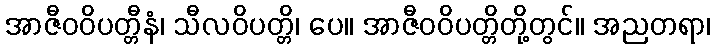
အာဇီဝဝိပတ္တီနံ၊ သီလဝိပတ္တိ၊ ပေ။ အာဇီဝဝိပတ္တိတို့တွင်။ အညတရာ၊